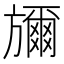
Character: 𭥇